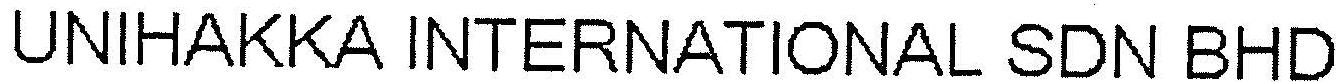
UNIHAKKA INTERNATIONAL SDN BHD